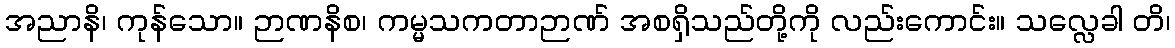
အညာနိ၊ ကုန်သော။ ဉာဏနိစ၊ ကမ္မသကတာဉာဏ် အစရှိသည်တို့ကို လည်းကောင်း။ သလ္လေခါ တိ၊